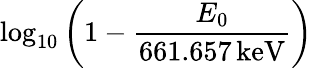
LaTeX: \log_{10}\left(1-\frac{E_{0}}{661.657\, \mathrm{keV}}\right)